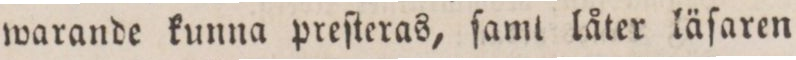
warande kunna preſteras, ſamt låter läſaren